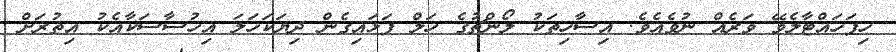
ހިފަހައްޓާލެވޭ ވަރެއް ނުވެއެވެ. އިސާހިތަކު ލޯންޗުގެ ހަލް ފަޅައިގެން ދިޔަކަހަލަ އިހުސާސަކާއެކު އިތުރަށް